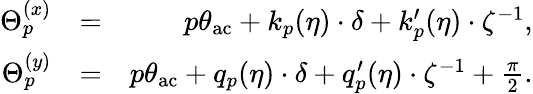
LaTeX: \begin{array}{rlr}{\Theta_{p}^{(x)}}&{=}&{p\theta_{\mathrm{ac}}+k_{p}(\eta)\cdot\delta+k_{p}^{\prime}(\eta)\cdot\zeta^{-1},}\\ {\Theta_{p}^{(y)}}&{=}&{p\theta_{\mathrm{ac}}+q_{p}(\eta)\cdot\delta+q_{p}^{\prime}(\eta)\cdot\zeta^{-1}+\frac{\pi}{2}.}\end{array}